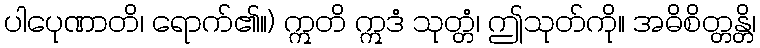
ပါပေုဏာတိ၊ ရောက်၏။) ဣတိ ဣဒံ သုတ္တံ၊ ဤသုတ်ကို။ အဓိစိတ္တန္တိ၊